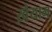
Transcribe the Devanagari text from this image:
ख़ैयाम